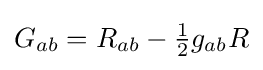
{\textstyle G_{ab}=R_{ab}-{\tfrac {1}{2}}g_{ab}R}